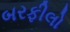
બરફીલો